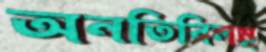
অনতিবিলম্ব